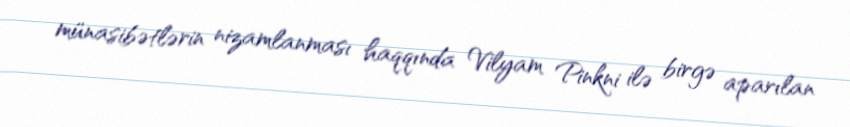
münasibətlərin nizamlanması haqqında Vilyam Pinkni ilə birgə aparılan